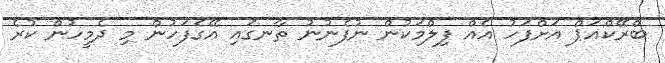
ބްރޭކްއަޕް އަށްފަހު އެއް ފިލްމަކުން ނުފެނުނު ތާނގައި އޭގެފަހުން މި ދެމީހުން ކުރެ